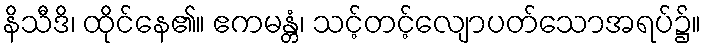
နိသီဒိ၊ ထိုင်နေ၏။ ဧကမန္တံ၊ သင့်တင့်လျောပတ်သောအရပ်၌။